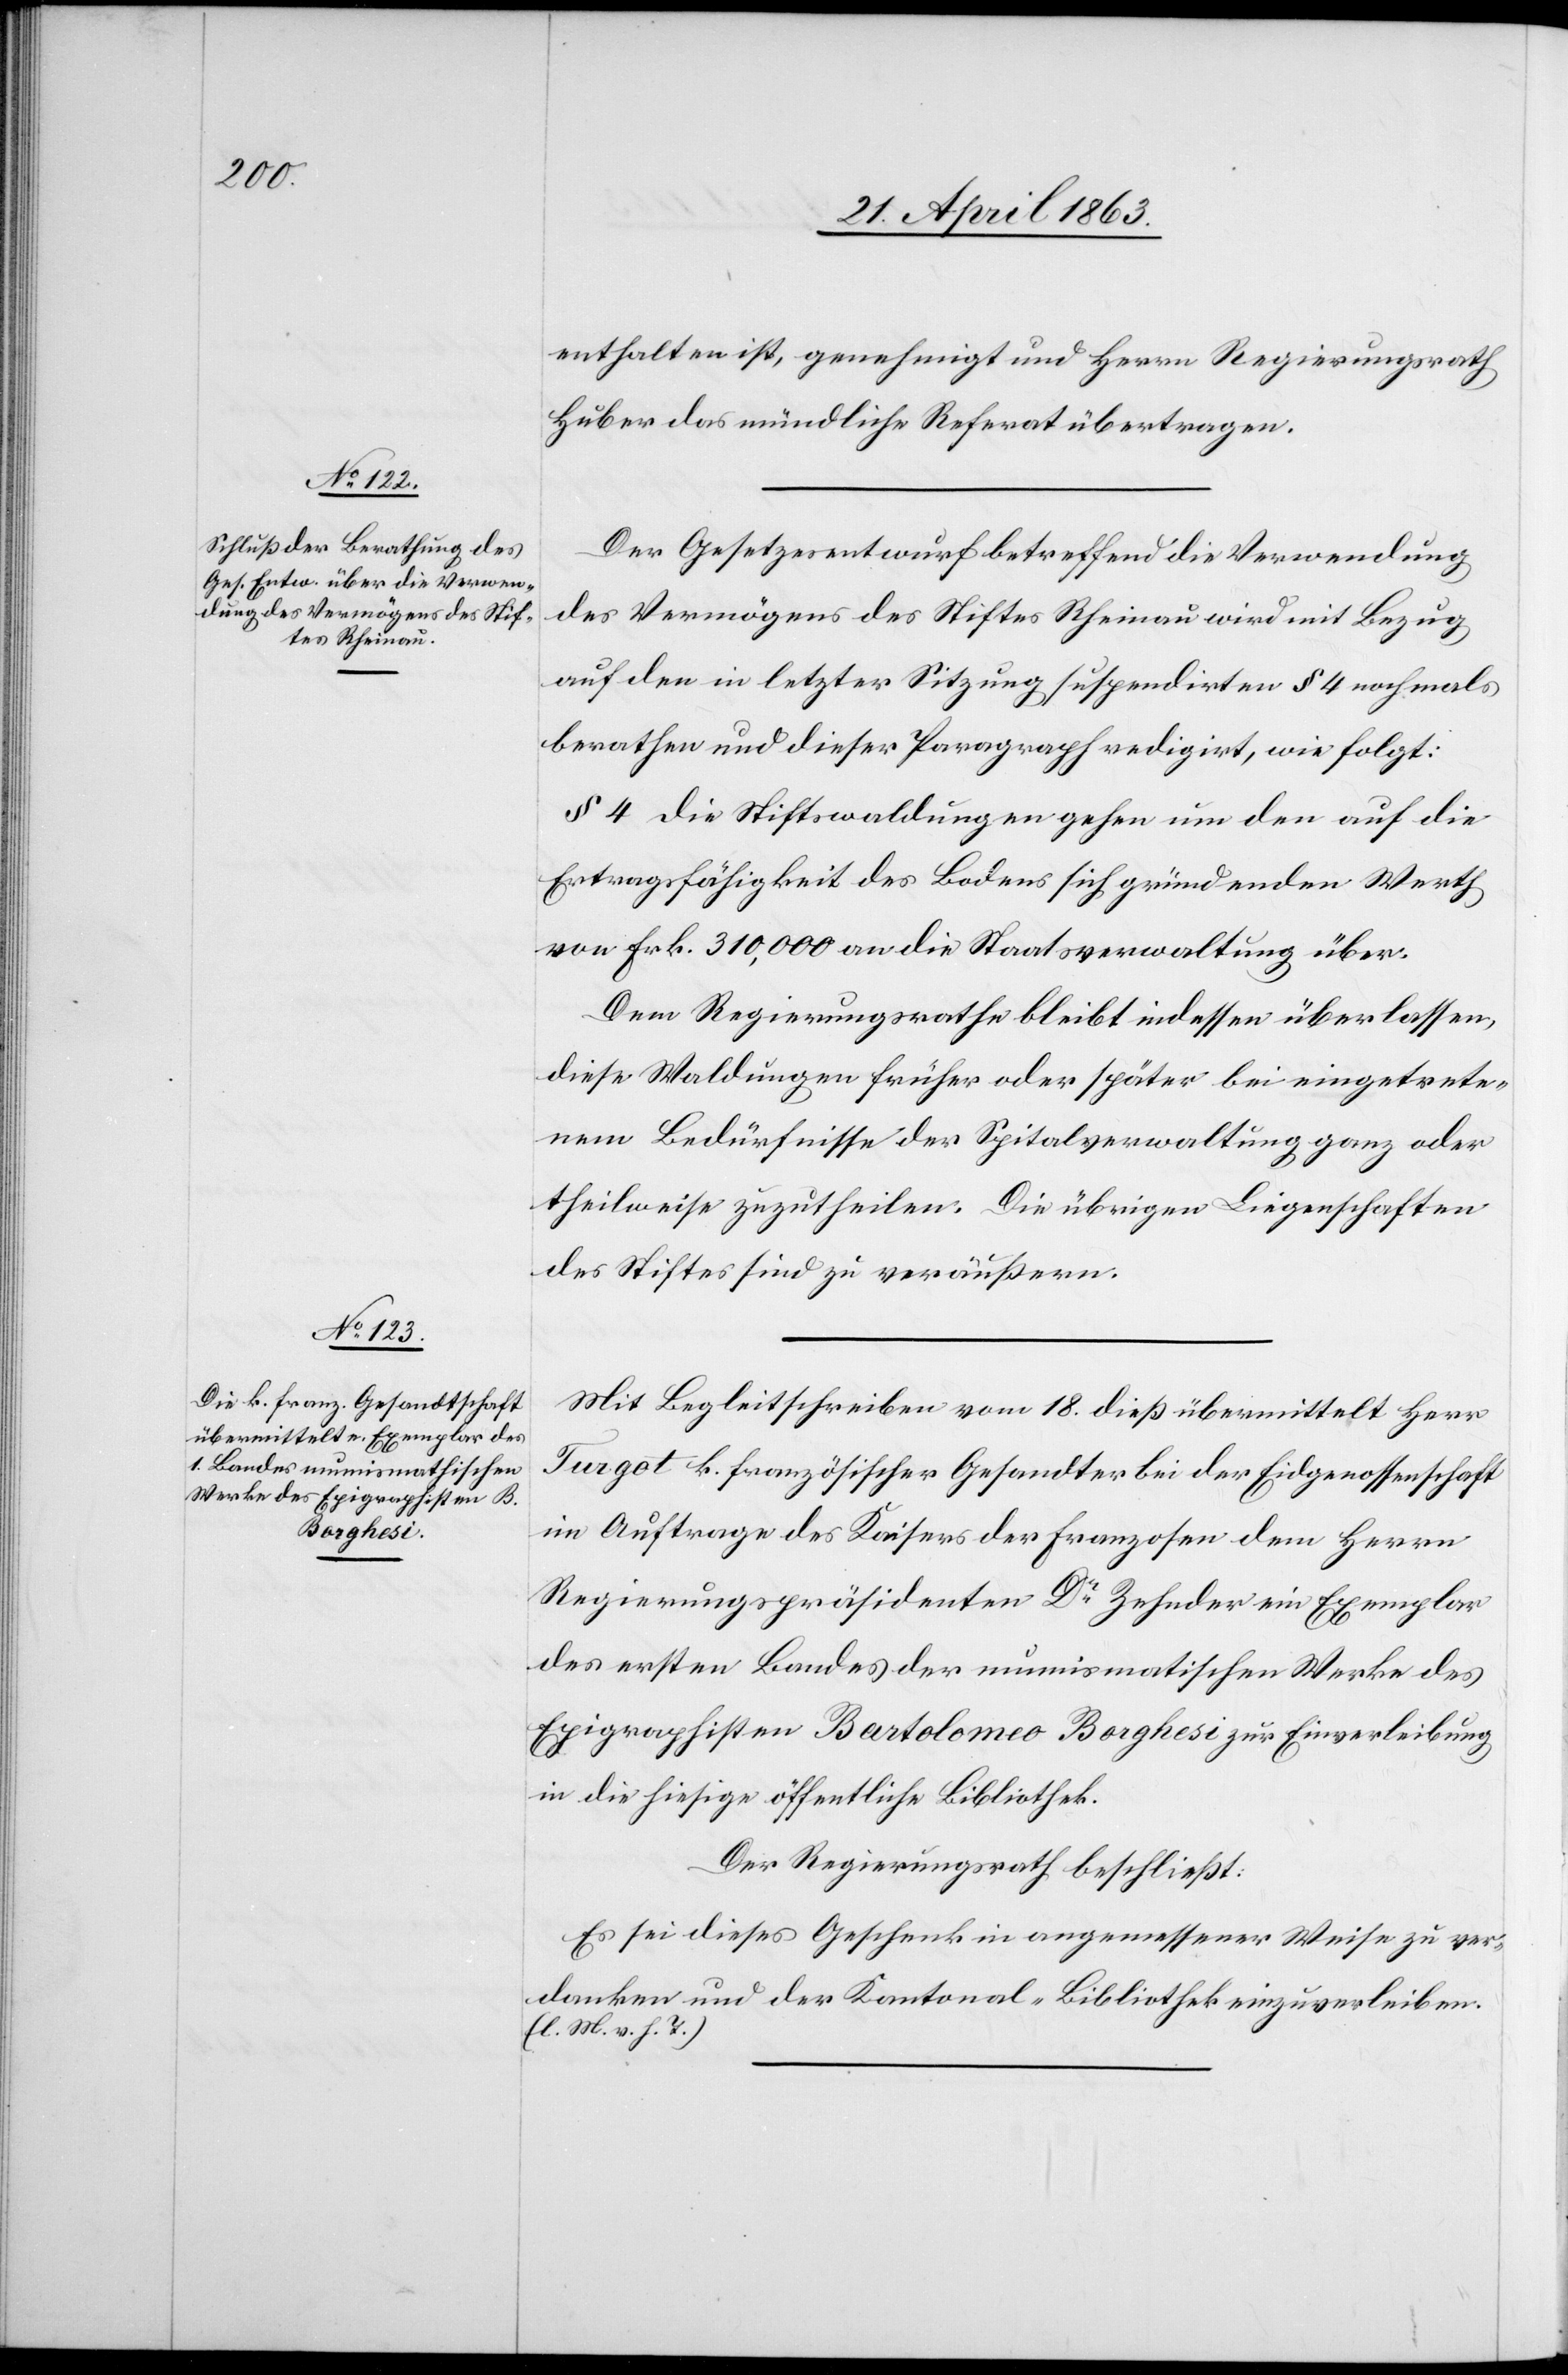
enthalten ist, genehmigt und Herrn Regierungsrath
Huber das mündliche Referat übertragen.
Der Gesetzesentwurf betreffend die Verwendung
des Vermögens des Stiftes Rheinau wird mit Bezug
auf den in letzter Sitzung suspendirten § 4 nochmals
berathen und dieser Paragraph redigirt, wie folgt:
§ 4 Die Stiftswaldungen gehen um den auf die
Ertragsfähigkeit des Bodens sich gründenden Werth
von Frk. 310,000 an die Staatsverwaltung über.
Dem Regierungsrath bleibt indessen überlassen,
diese Waldungen früher oder später bei eingetrete¬
nem Bedürfnisse der Spitalverwaltung ganz oder
theilweise zuzutheilen. Die übrigen Liegenschaften
des Stiftes sind zu veräußern.
Mit Begleitschreiben vom 18. dieß übermittelt Herr
Turgot k. französischer Gesandter bei der Eidgenossenschaft
im Auftrage des Kaisers der Franzosen dem Herrn
Regierungspräsidenten Dr Zehnder ein Exemplar
des ersten Bandes der numismathischen Werke des
Epigraphisten Bartolomeo Borghesi zur Einverleibung
in die hiesige öffentliche Bibliothek.
Der Regierungsrath beschließt:
Es sei dieses Geschenk in angemessener Weise zu ver¬
danken und der Kantonal-Bibliothek einzuverleiben.
(l. M. v. h. T.)